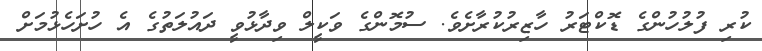
ކުރި ފުލުހުންގެ ޑޮކްޓަރު ހާޒިރުކުރާށެވެ. ސުމޮންގެ ވަކީލް ވިދާޅުވީ ދައުލަތުގެ އެ ހުށަހެޅުމަށް